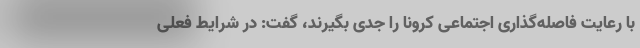
با رعایت فاصله‌گذاری اجتماعی کرونا را جدی بگیرند، گفت: در شرایط فعلی